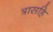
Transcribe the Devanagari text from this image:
त्रासहि